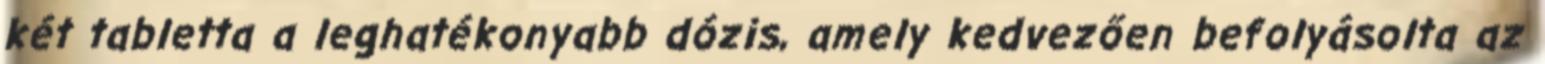
két tabletta a leghatékonyabb dózis, amely kedvezően befolyásolta az